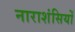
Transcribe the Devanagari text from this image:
नाराशंसियों